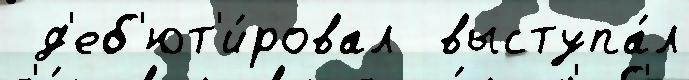
 д'еб'ют'и́ровал  выступа́л